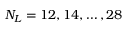
N _ { L } = 1 2 , 1 4 , \ldots , 2 8